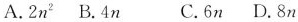
A. 2n^{2} B. 4n C. 6n D. 8n